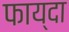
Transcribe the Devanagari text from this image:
फाय्दा